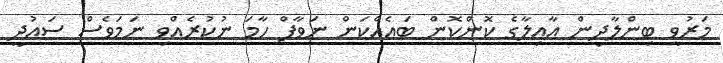
މަރުވީ ބިންލާދިން އާއިލާގެ ކޮންކޮން ބައެއްކަން ނަވާފް ހާމަ ނުކުރެއްވި ނަމަވެސް ސައުދީ